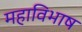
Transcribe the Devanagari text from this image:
महाविभाष